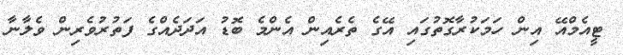
ޓީއެމްއޭ އިން ހަމަކުރާގޮތުގައި އޭގެ ތެރެއިން އެންމެ ބޮޑު އަދަދެއްގެ ފަތުރުވެރިން ވެލާނާ